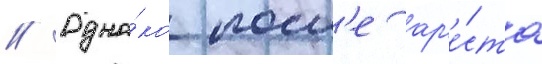
// Одна́ко посл'е ар'е́ста